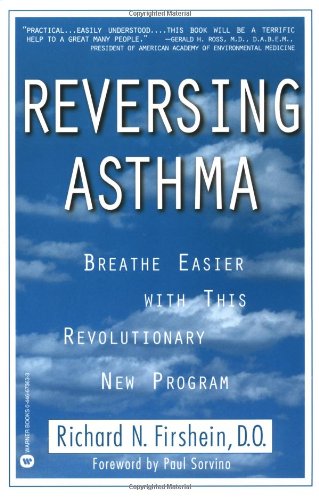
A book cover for Reversing Asthma: Breathe Easier with This Revolutionary New Program; Richard N. Firshein; Health, Fitness & Dieting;